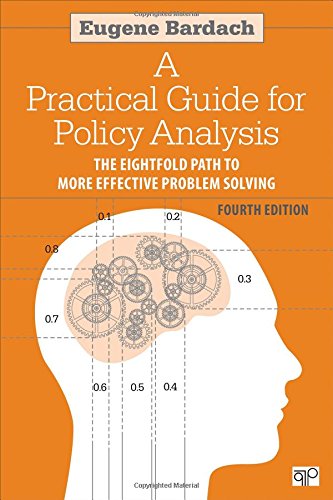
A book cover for A Practical Guide for Policy Analysis: The Eightfold Path to More Effective Problem Solving, 4th Edition; Eugene Bardach; Medical Books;